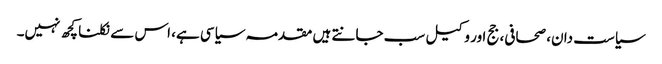
سیاست دان، صحافی، جج اور وکیل سب جانتے ہیں مقدمہ سیاسی ہے، اس سے نکلنا کچھ نہیں۔